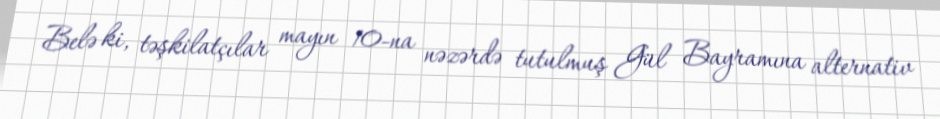
Belə ki, təşkilatçılar mayın 10-na nəzərdə tutulmuş Gül Bayramına alternativ